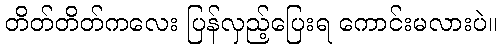
တိတ်တိတ်ကလေး ပြန်လှည့်ပြေးရ ကောင်းမလားပဲ။